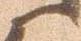
候